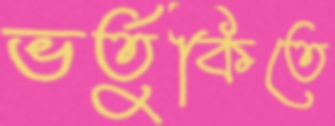
ভর্তুকিতে